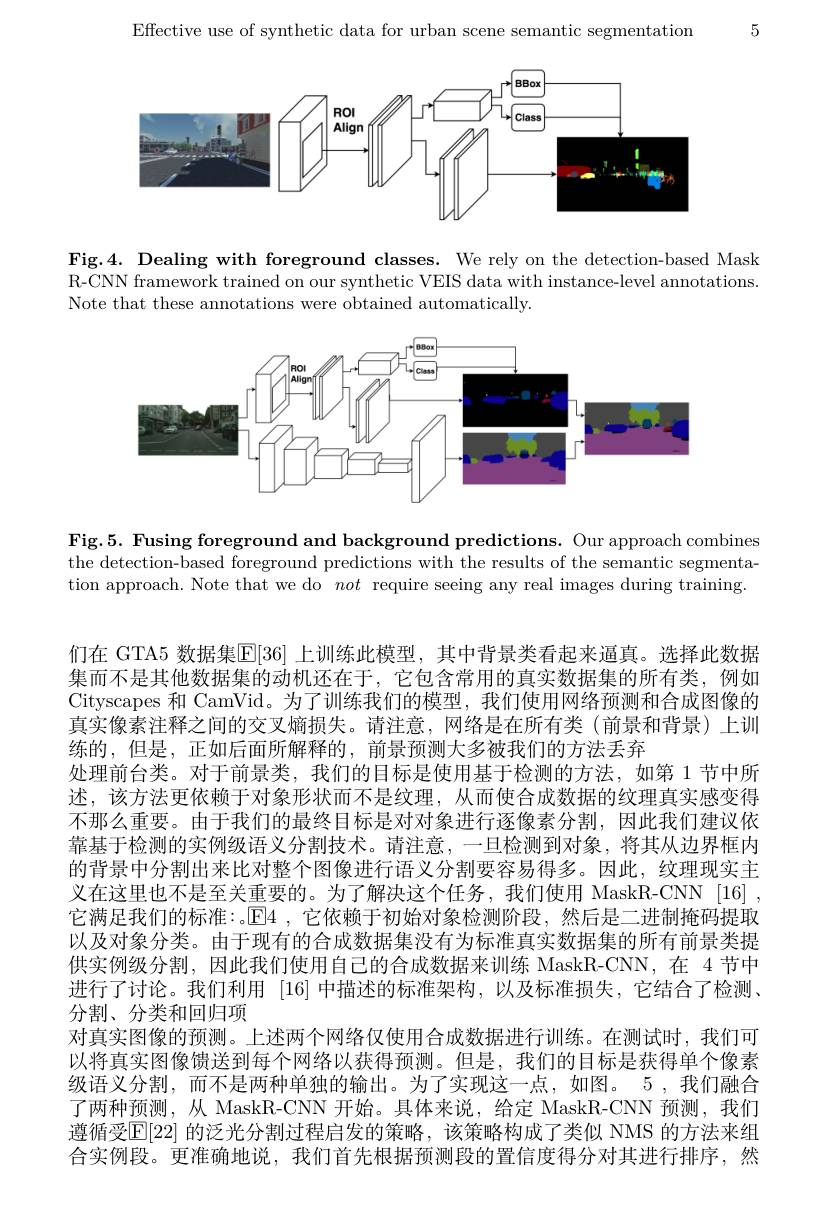
5

Effective use of synthetic data for urban scene semantic segmentation

<FigureHere>

Fig.4. Dealing with foreground classes. We rely on the detection-based Mask R-CNN framework trained on our synthetic VEIS data with instance-level annotations Note that these annotations were obtained automatically.

<FigureHere>

Fig.5. Fusing foreground and background predictions. Our approach combines the detection-based foreground predictions with the results of the semantic segmentation approach. Note that we do not require seeing any real images during training

们在 GTA5 数据集$\mathbb{E}[36]$ 上训练此模型，其中背景类看起来逼真。选择此数据集而不是其他数据集的动机还在于，它包含常用的真实数据集的所有类，例如Cityscapes 和 CamVid。为了训练我们的模型，我们使用网络预测和合成图像的真实像素注释之间的交叉熵损失。请注意，网络是在所有类(前景和背景)上训练的，但是，正如后面所解释的，前景预测大多被我们的方法丢弃
处理前台类。对于前景类，我们的目标是使用基于检测的方法，如第 1 节中所述，该方法更依赖于对象形状而不是纹理，从而使合成数据的纹理真实感变得不那么重要。由于我们的最终目标是对对象进行逐像素分割，因此我们建议依靠基于检测的实例级语义分割技术。请注意，一旦检测到对象，将其从边界框内的背景中分割出来比对整个图像进行语义分割要容易得多。因此，纹理现实主义在这里也不是至关重要的。为了解决这个任务，我们使用 MaskR-CNN [16] , 它满足我们的标准：。[E]4 ,它依赖于初始对象检测阶段，然后是二进制掩码提取以及对象分类。由于现有的合成数据集没有为标准真实数据集的所有前景类提供实例级分割，因此我们使用自己的合成数据来训练 MaskR-CNN,在 4节中进行了讨论。我们利用 [16]中描述的标准架构，以及标准损失，它结合了检测， 分割、分类和回归项
对真实图像的预测。上述两个网络仅使用合成数据进行训练。在测试时，我们可以将真实图像馈送到每个网络以获得预测。但是，我们的目标是获得单个像素级语义分割，而不是两种单独的输出。为了实现这一点，如图。5 ,我们融合了两种预测，从 MaskR-CNN 开始。具体来说，给定 MaskR-CNN 预测，我们遵循受$\mathbb{E}[22]$ 的泛光分割过程启发的策略，该策略构成了类似 NMS 的方法来组合实例段。更准确地说，我们首先根据预测段的置信度得分对其进行排序，然